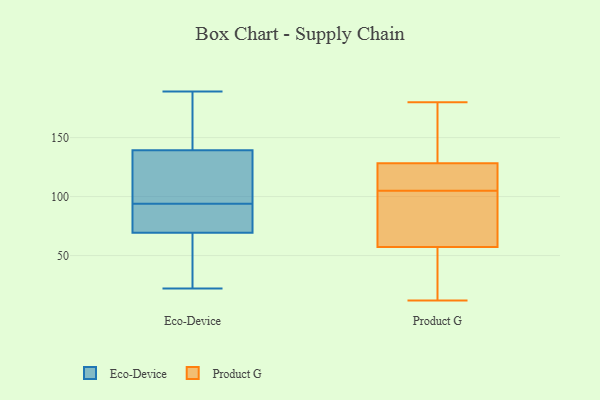
{"axis": {"x": "Demand Index", "y": "Value"}, "legend": ["Eco-Device", "Product G"], "data": [{"x": "", "y": 103, "type": "Eco-Device"}, {"x": "", "y": 52, "type": "Eco-Device"}, {"x": "", "y": 94, "type": "Eco-Device"}, {"x": "", "y": 42, "type": "Eco-Device"}, {"x": "", "y": 22, "type": "Eco-Device"}, {"x": "", "y": 137, "type": "Eco-Device"}, {"x": "", "y": 89, "type": "Eco-Device"}, {"x": "", "y": 79, "type": "Eco-Device"}, {"x": "", "y": 146, "type": "Eco-Device"}, {"x": "", "y": 189, "type": "Eco-Device"}, {"x": "", "y": 105, "type": "Eco-Device"}, {"x": "", "y": 156, "type": "Eco-Device"}, {"x": "", "y": 77, "type": "Eco-Device"}, {"x": "", "y": 74, "type": "Eco-Device"}, {"x": "", "y": 161, "type": "Eco-Device"}, {"x": "", "y": 129, "type": "Eco-Device"}, {"x": "", "y": 55, "type": "Eco-Device"}, {"x": "", "y": 123, "type": "Product G"}, {"x": "", "y": 95, "type": "Product G"}, {"x": "", "y": 61, "type": "Product G"}, {"x": "", "y": 105, "type": "Product G"}, {"x": "", "y": 12, "type": "Product G"}, {"x": "", "y": 172, "type": "Product G"}, {"x": "", "y": 130, "type": "Product G"}, {"x": "", "y": 39, "type": "Product G"}, {"x": "", "y": 110, "type": "Product G"}, {"x": "", "y": 165, "type": "Product G"}, {"x": "", "y": 56, "type": "Product G"}, {"x": "", "y": 122, "type": "Product G"}, {"x": "", "y": 180, "type": "Product G"}, {"x": "", "y": 24, "type": "Product G"}, {"x": "", "y": 102, "type": "Product G"}]}